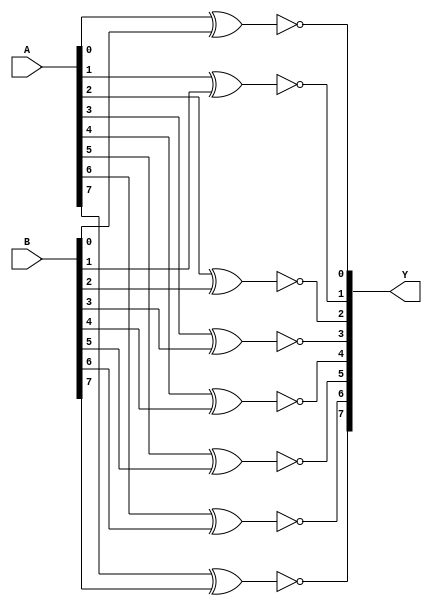
`timescale 1ns / 1ps
//////////////////////////////////////////////////////////////////////////////////
// Company: 
// Engineer: 
// 
// Design Name: 
// Module Name: XNOR_gate
// Project Name: 
// Target Devices: 
// Tool Versions: 
// Description: 
// 
// Dependencies: 
// 
// Revision:
// Revision 0.01 - File Created
// Additional Comments:
// 
//////////////////////////////////////////////////////////////////////////////////


module XNOR_gate(
output [7:0]Y,
input [7:0]A,B
    );
    
    xnor no_1(Y[0],A[0],B[0]);
    xnor no_2(Y[1],A[1],B[1]);
    xnor no_3(Y[2],A[2],B[2]);
    xnor no_4(Y[3],A[3],B[3]);
    xnor no_5(Y[4],A[4],B[4]);
    xnor no_6(Y[5],A[5],B[5]);
    xnor no_7(Y[6],A[6],B[6]);
    xnor no_8(Y[7],A[7],B[7]);
 
endmodule